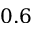
0 . 6